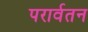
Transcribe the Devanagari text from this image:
परार्वतन